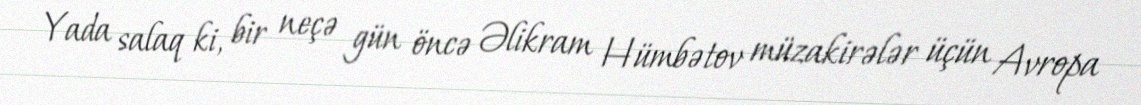
Yada salaq ki, bir neçə gün öncə Əlikram Hümbətov müzakirələr üçün Avropa